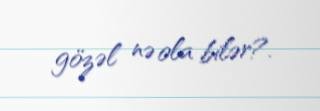
gözəl nə ola bilər?.